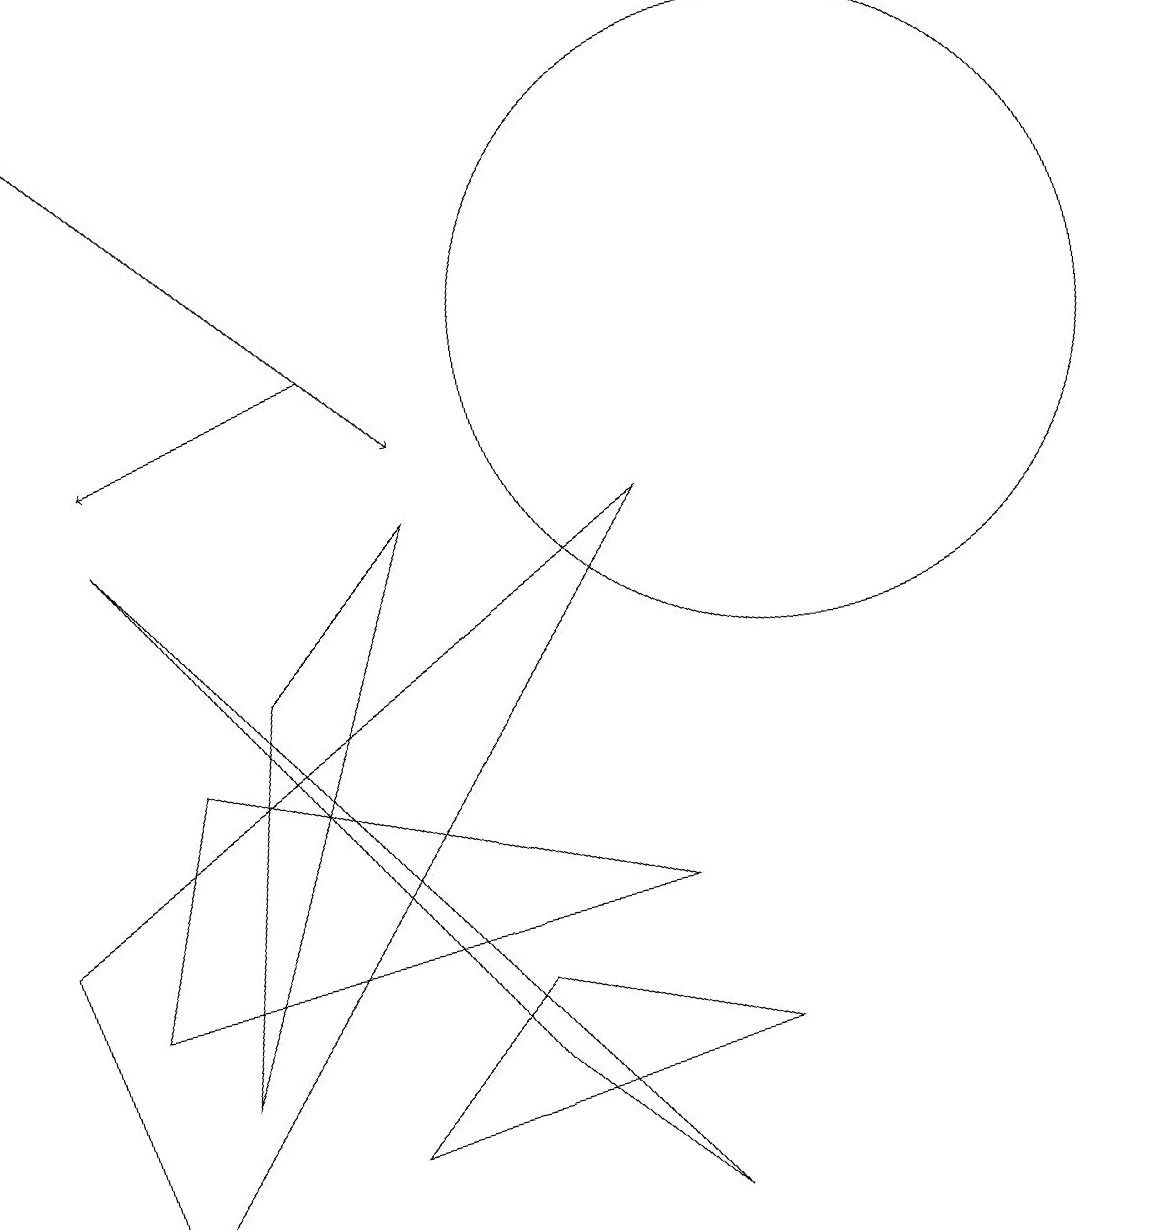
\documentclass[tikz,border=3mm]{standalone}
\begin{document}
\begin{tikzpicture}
\draw (1,3) -- (2,6) -- (8,4) -- cycle;
\draw (8,9) -- (1,0) -- (0,4) -- cycle;
\draw[->] (0,15) -- (5,10);
\draw[->] (4,11) -- (1,10);
\draw (3,7) -- (5,9) -- (2,2) -- cycle;
\draw (6,3) -- (4,1) -- (9,2) -- cycle;
\draw (6,2) -- (8,0) -- (1,9) -- cycle;
\draw (10,11) circle (4);
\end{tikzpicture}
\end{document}